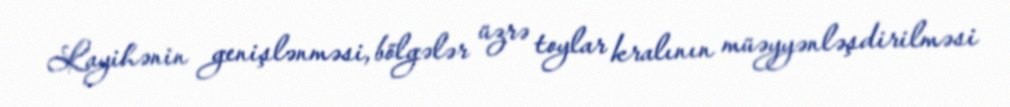
Layihənin genişlənməsi, bölgələr üzrə toylar kralının müəyyənləşdirilməsi